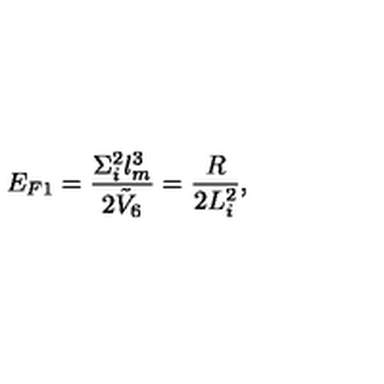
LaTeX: E _ { F 1 } = { \frac { \Sigma _ { i } ^ { 2 } l _ { m } ^ { 3 } } { 2 \tilde { V } _ { 6 } } } = { \frac { R } { 2 L _ { i } ^ { 2 } } } ,